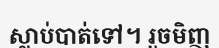
ស្លាប់បាត់ទៅ។ រួចមិញ